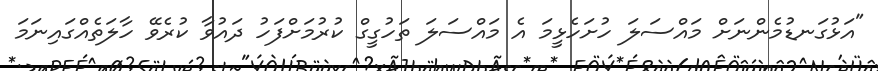
"އަޅުގަނޑުމެންނަށް މައްސަލަ ހުށަހެޅީމަ އެ މައްސަލަ ތަހުގީގް ކުރުމަށްފަހު ދައުވާ ކުރެވޭ ހާލަތެއްގައިނަމަ